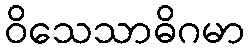
ဝိသေသာဓိဂမာ